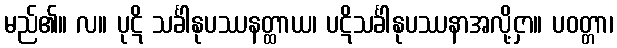
မည်၏။ လ။ ပုဋိ သင်္ခါနုပဿနတ္ထာယ၊ ပဋိသင်္ခါနုပဿနာအလို့ငှာ။ ပဝတ္တာ၊